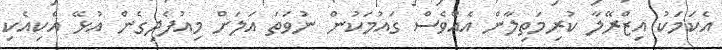
އެކަމަކު އިޒްރޭލާ ކުރިމަތިލާން އެއްވެސް ގައުމަކުން ނުވަތަ އަލަށް މިއުފެދިގެން އުޅޭ އެކިއެކި